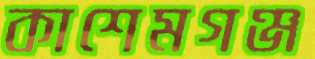
কাশেমগঞ্জ